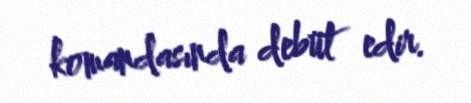
komandasında debüt edir.